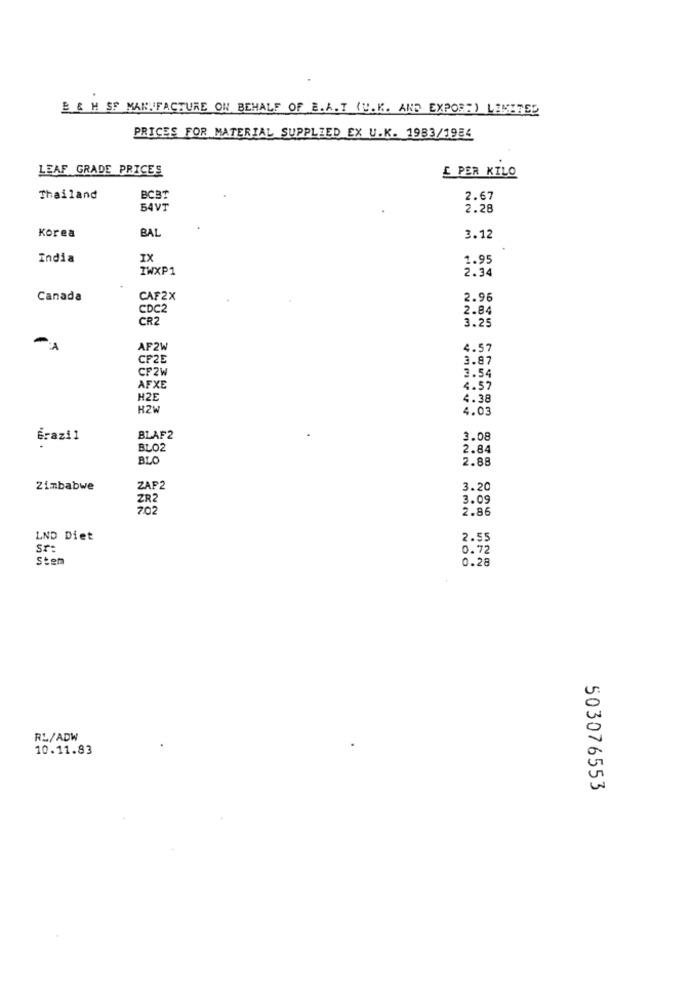
B & H SF MANUFACTURE ON BEHALF OF E. A.T (V.K. AND EXPORT) LIMITED
PRICES FOR MATERIAL SUPPLIED EX U.K. 1983/1984
LEAF GRADE PRICES
£ PER KILO
Thailand
BCBT
2.67
54VT
2.28
BAL
Korea
3.12
India
IX
1.95
IWXP1
2.34
Canada
CAF2X
2.96
CDC2
2.84
CR2
3.25
AF2W
4.57
CF2E
3.87
CF2W
3.54
AFXE
4.57
H2E
4.38
H2W
4.03
Grazi 1
BLAF2
3.08
BLO2
2.84
BLO
2.88
Zimbabwe
ZAP2
3.20
ZR2
3.09
202
2.86
LND Diet
2.55
Sr:
0.72
Stem
0.28
RL/ADW
10.11.83
503076553